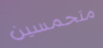
متحمسين